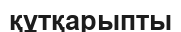
құтқарыпты